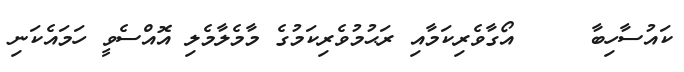
ކައުސާހިބާ     އޯގާވެރިކަމާއި ރަޙުމުވެރިކަމުގެ މާމެލާމެލި އޮއްސެވީ ހަމައެކަނި